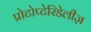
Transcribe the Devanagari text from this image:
प्रोटोप्टेरिडेलीज़